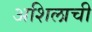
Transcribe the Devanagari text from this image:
अशिलाची